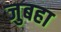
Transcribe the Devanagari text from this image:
जुबहा